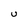
Character: U